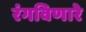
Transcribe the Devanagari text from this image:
रंगविणारे